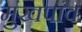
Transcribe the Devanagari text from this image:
मुंखपांव